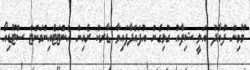
މޫމިން ފުއާދު އަލީ ޝިފާއު ގުޅިގެން އުފައްދާފައިވާ ޑާރކް ރެއިން އެންޓަޓެއިންމަންޓް ސްޓޫޑިއޯ